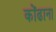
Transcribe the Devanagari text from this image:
कोंढाना